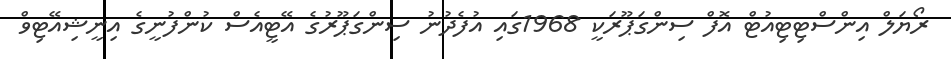
ރޯޔަލް އިންސްޓިޓިއުޓް އޮފް ސިންގަޕޫރަކީ 1968ގައި އުފެދުނު ސިންގަޕޫރުގެ އޭޓީއެސް ކުންފުނީގެ އިނީޝިއޭޓިވް